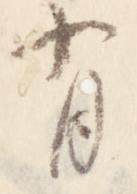
有